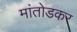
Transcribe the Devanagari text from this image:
मांतोडकर